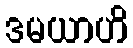
ဒမယာဟိ